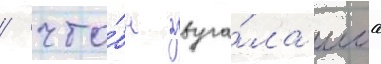
/ что́бы звуча́ла моа